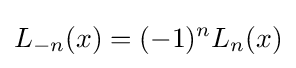
L_{-n}(x)=(-1)^{n}L_{n}(x)